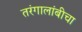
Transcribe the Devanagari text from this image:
तरंगालांबीचा